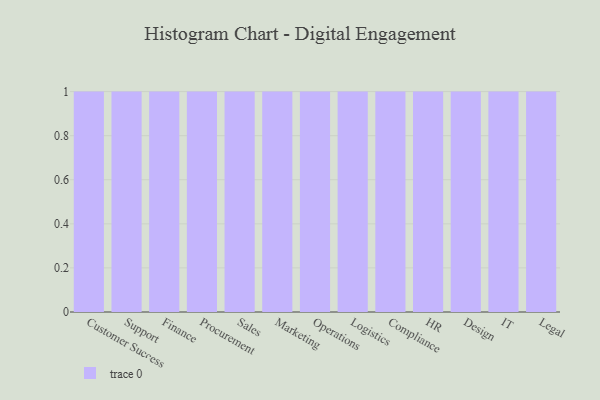
{"axis": {"x": "Department", "y": "Backlog"}, "legend": [""], "data": [{"x": "Customer Success", "y": 94, "type": ""}, {"x": "Support", "y": 10, "type": ""}, {"x": "Finance", "y": 84, "type": ""}, {"x": "Procurement", "y": 10, "type": ""}, {"x": "Sales", "y": 47, "type": ""}, {"x": "Marketing", "y": 37, "type": ""}, {"x": "Operations", "y": 79, "type": ""}, {"x": "Logistics", "y": 6, "type": ""}, {"x": "Compliance", "y": 53, "type": ""}, {"x": "HR", "y": 36, "type": ""}, {"x": "Design", "y": 17, "type": ""}, {"x": "IT", "y": 89, "type": ""}, {"x": "Legal", "y": 67, "type": ""}]}